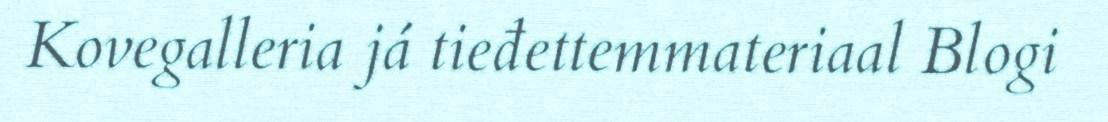
Kovegalleria já tieđettemmateriaal Blogi